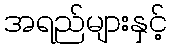
အရည်များနှင့်